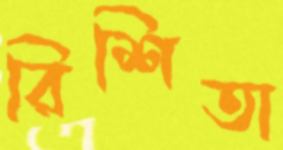
রিশিতা